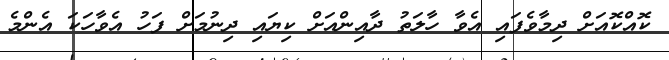
ކޮއްކޮއަށް ދިމާވެފައި އެވާ ހާލަތު ދާއިންއަށް ކިޔައި ދިނުމަށް ފަހު އެވާހަކަ އެންމެ